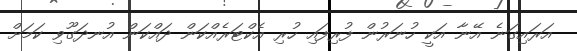
އަރައިގަނެ އޭނާ އަކީ ހުނަރުން ފުރިފައި ހުރި އެކްޓަރެއްކަން ދައްކަން އުނދަގޫވި ކަމަށް